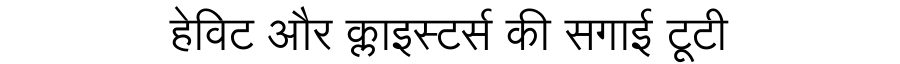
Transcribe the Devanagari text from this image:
हेविट और क्लाइस्टर्स की सगाई टूटी